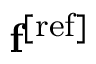
\mathbf { f } ^ { \mathrm { [ r e f ] } }